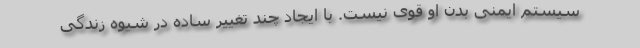
سیستم ایمنی بدن او قوی نیست. با ایجاد چند تغییر ساده در شیوه زندگی